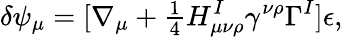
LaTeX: \delta\psi_{\mu}=[\nabla_{\mu}+{\textstyle{\frac{1}{4}}}H_{\mu\nu\rho}^{I}\gamma^{\nu\rho}\Gamma^{I}]\epsilon,